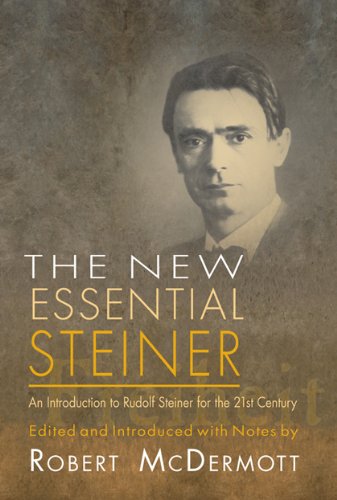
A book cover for New Essential Steiner: An Introduction to Rudolf Steiner for the 21st Century; Rudolf Steiner; Religion & Spirituality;